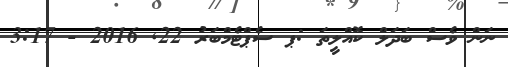
ނަން ވެސް ބަދަލް ކޮއްލީތަ :ޕ ސެޕްޓެމްބަރު 22